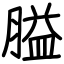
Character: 膉